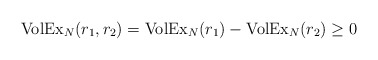
\begin{align*}{\rm VolEx}_{N}(r_1,r_2) = {\rm VolEx}_{N}(r_1)-{\rm VolEx}_{N}(r_2) \geq 0\end{align*}